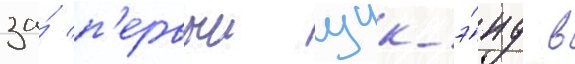
за́ п'ервыи уик-э́нд в